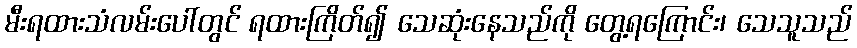
မီးရထားသံလမ်းပေါ်တွင် ရထားကြိတ်၍ သေဆုံးနေသည်ကို တွေ့ရကြောင်း၊ သေသူသည်